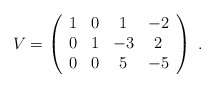
\begin{align*} V=\left( \begin{array}{cccc} 1 & 0 & 1 & -2 \\ 0 & 1 & -3 & 2 \\ 0 & 0 & 5 & -5 \\ \end{array} \right)\ .\end{align*}